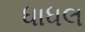
ધાધલ